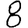
Digit: 8